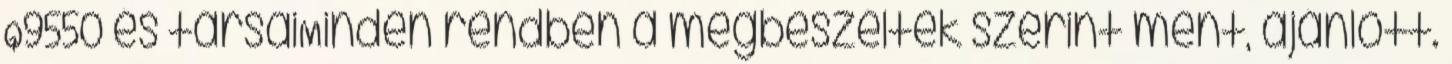
Q9550 és társaiMinden rendben a megbeszéltek szerint ment, ajánlott.